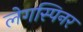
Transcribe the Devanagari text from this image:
लेगस्पिनर